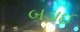
બડાઈ